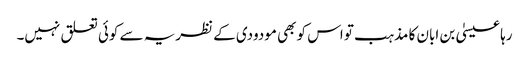
رہا عیسیٰ بن ابان کا مذہب تو اس کو بھی مودودی کے نظریہ سے کوئی تعلق نہیں۔